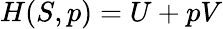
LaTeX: H(S,p)=U+pV